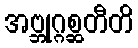
အဗ္ဘုဂ္ဂစ္ဆတီတိ